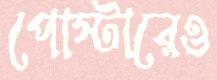
পোস্টারেও